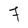
Character: 7